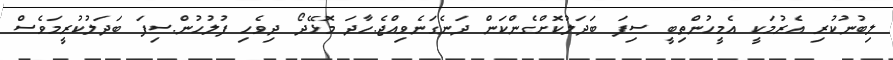
ލިބުނުކުރި އެރުމަކީ އެމީހުންތިބީ ސިފަ ބަދަލުކޮށްގެންކަން ދަނެގަނެވިއްޖެ.ހާދަ މޮޅޭދޯ ދިވެހި ފުލުހުން.ސިފަ ބަދަލުކުރީމަވެސް